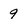
Character: 9